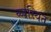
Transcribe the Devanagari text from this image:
व्य्वस्थित